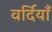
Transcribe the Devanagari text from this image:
वर्दियाँ